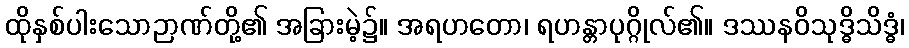
ထိုနှစ်ပါးသောဉာဏ်တို့၏ အခြားမဲ့၌။ အရဟတော၊ ရဟန္တာပုဂ္ဂိုလ်၏။ ဒဿနဝိသုဒ္ဓိသိဒ္ဓံ၊